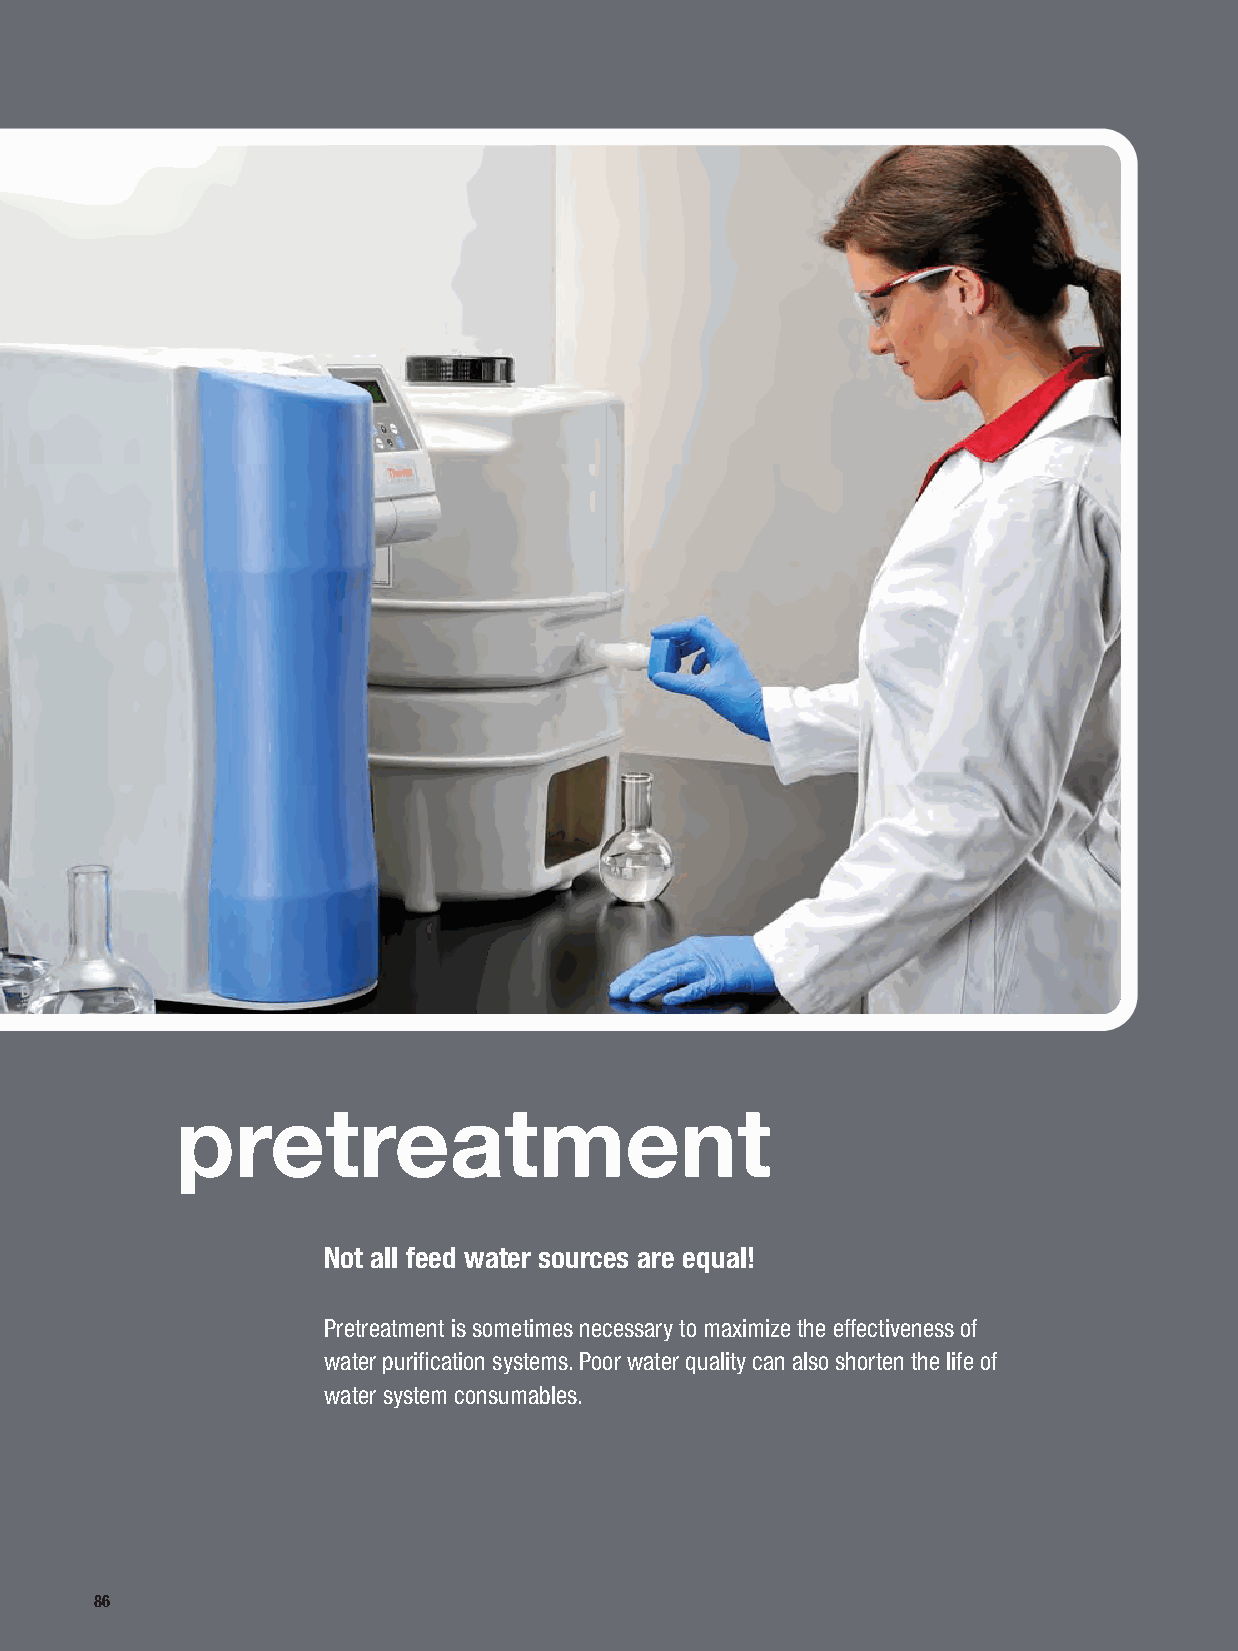
pretreatment
 Not all feed water sources are equal!
 Pretreatment is sometimes necessary to maximize the effectiveness of
 water purification systems. Poor water quality can also shorten the life of
 water system consumables.
 86